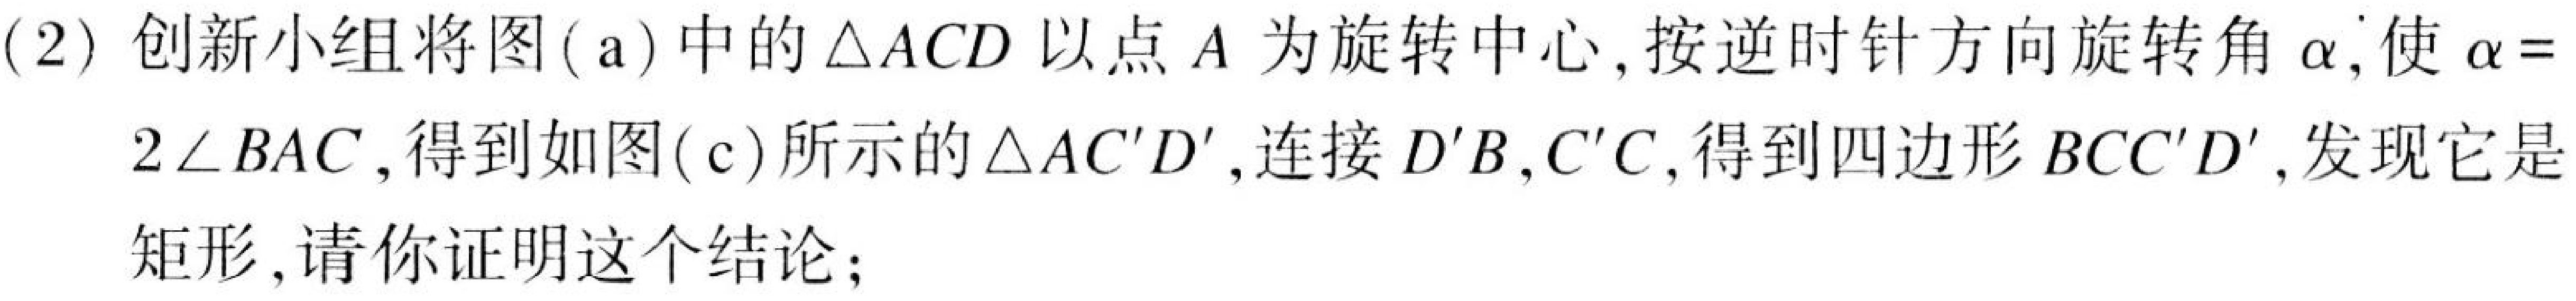
(2) 创新小组将图(a)中的\(\triangle ACD\)以点\(A\)为旋转中心,按逆时针方向旋转角\(\alpha\),使\(\alpha = \)
\(2\angle BAC\),得到如图(c)所示的\(\triangle AC'D'\),连接\(D'B,C'C\),得到四边形\(BCC'D'\),发现它是
矩形,请你证明这个结论;